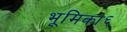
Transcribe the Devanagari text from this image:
भूमिका६